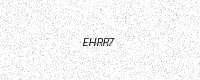
Text: EHRR7